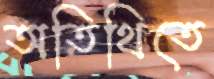
অতিথিতে